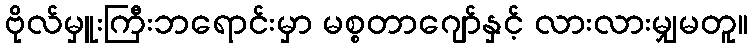
ဗိုလ်မှူးကြီးဘရောင်းမှာ မစ္စတာဂျော်နှင့် လားလားမျှမတူ။